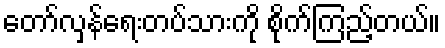
တော်လှန်ရေးတပ်သားကို စိုက်ကြည့်တယ်။